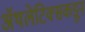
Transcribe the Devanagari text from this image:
ॲथलेटिक्सकडून